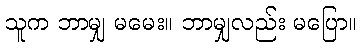
သူက ဘာမျှ မမေး။ ဘာမျှလည်း မပြော။